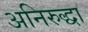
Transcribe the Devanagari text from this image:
अनिरुद्धा